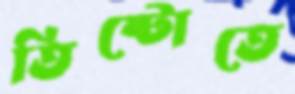
তিষ্টোতে